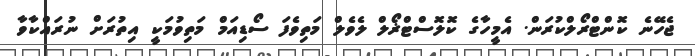
ޖެހޭނެ ކޮންޓްރޯލްކުރަން. އެމީހާގެ ކޮލޮސްޓްޜޯލް ލެވެލް މަތިވެފަ ސޯޑިއަމް މަތިވުމަކީ އިތުރަށް ނުރައްކާވާ